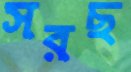
সরছ